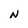
Character: N